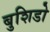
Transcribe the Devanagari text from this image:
बुशिडो